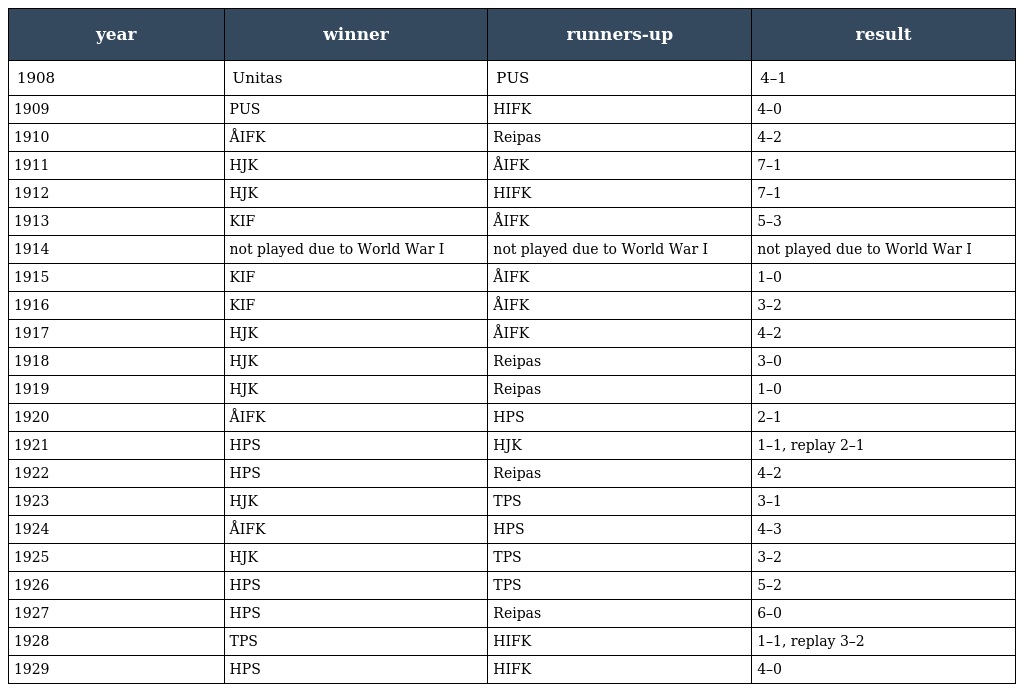
| year | winner | runners-up | result |
 | --- | --- | --- | --- |
 | 1908 | Unitas | PUS | 4–1 |
 | 1909 | PUS | HIFK | 4–0 |
 | 1910 | ÅIFK | Reipas | 4–2 |
 | 1911 | HJK | ÅIFK | 7–1 |
 | 1912 | HJK | HIFK | 7–1 |
 | 1913 | KIF | ÅIFK | 5–3 |
 | 1914 | not played due to World War I | not played due to World War I | not played due to World War I |
 | 1915 | KIF | ÅIFK | 1–0 |
 | 1916 | KIF | ÅIFK | 3–2 |
 | 1917 | HJK | ÅIFK | 4–2 |
 | 1918 | HJK | Reipas | 3–0 |
 | 1919 | HJK | Reipas | 1–0 |
 | 1920 | ÅIFK | HPS | 2–1 |
 | 1921 | HPS | HJK | 1–1, replay 2–1 |
 | 1922 | HPS | Reipas | 4–2 |
 | 1923 | HJK | TPS | 3–1 |
 | 1924 | ÅIFK | HPS | 4–3 |
 | 1925 | HJK | TPS | 3–2 |
 | 1926 | HPS | TPS | 5–2 |
 | 1927 | HPS | Reipas | 6–0 |
 | 1928 | TPS | HIFK | 1–1, replay 3–2 |
 | 1929 | HPS | HIFK | 4–0 |